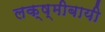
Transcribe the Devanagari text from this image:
लक्ष्मीबायी